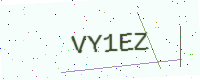
Text: VY1EZ